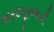
શરદપૂનમની